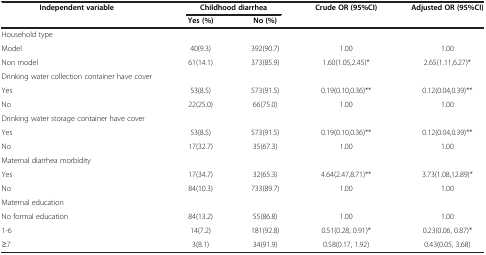
<table><thead><tr><td><b>Independent variable</b></td><td colspan="2"><b>Childhood diarrhea</b></td><td><b>Crude OR (95%CI)</b></td><td><b>Adjusted OR (95%CI)</b></td></tr><tr><td><b> </b></td><td><b>Yes (%)</b></td><td><b>No (%)</b></td><td><b> </b></td><td><b> </b></td></tr></thead><tbody><tr><td>Household type</td><td> </td><td> </td><td> </td><td> </td></tr><tr><td>Model</td><td>40(9.3)</td><td>392(90.7)</td><td>1.00</td><td>1.00</td></tr><tr><td>Non model</td><td>61(14.1)</td><td>373(85.9)</td><td>1.60(1.05,2.45)*</td><td>2.65(1.11,6.27)*</td></tr><tr><td>Drinking water collection container have cover</td><td> </td><td> </td><td> </td><td> </td></tr><tr><td>Yes</td><td>53(8.5)</td><td>573(91.5)</td><td>0.19(0.10,0.36)**</td><td>0.12(0.04,0.39)**</td></tr><tr><td>No</td><td>22(25.0)</td><td>66(75.0)</td><td>1.00</td><td>1.00</td></tr><tr><td>Drinking water storage container have cover</td><td> </td><td> </td><td> </td><td> </td></tr><tr><td>Yes</td><td>53(8.5)</td><td>573(91.5)</td><td>0.19(0.10,0.36)**</td><td>0.12(0.04,0.39)**</td></tr><tr><td>No</td><td>17(32.7)</td><td>35(67.3)</td><td>1.00</td><td>1.00</td></tr><tr><td>Maternal diarrhea morbidity</td><td> </td><td> </td><td> </td><td> </td></tr><tr><td>Yes</td><td>17(34.7)</td><td>32(65.3)</td><td>4.64(2.47,8.71)**</td><td>3.73(1.08,12.89)*</td></tr><tr><td>No</td><td>84(10.3)</td><td>733(89.7)</td><td>1.00</td><td>1.00</td></tr><tr><td>Maternal education</td><td> </td><td> </td><td> </td><td> </td></tr><tr><td>No formal education</td><td>84(13.2)</td><td>55(86.8)</td><td>1.00</td><td>1.00</td></tr><tr><td>1-6</td><td>14(7.2)</td><td>181(92.8)</td><td>0.51(0.28, 0.91)*</td><td>0.23(0.06, 0.87)*</td></tr><tr><td>≥7</td><td>3(8.1)</td><td>34(91.9)</td><td>0.58(0.17, 1.92)</td><td>0.43(0.05, 3.68)</td></tr></tbody></table>